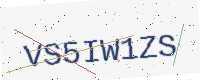
Text: VS5IW1ZS